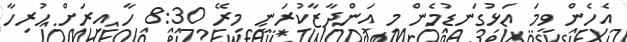
އެހެން ވީމަ އަޅުގަނޑުމެން މި އަންދާޒާކުރަނީ މިރޭ 8:30 ހާ އިރަށް ހުރިހާ